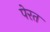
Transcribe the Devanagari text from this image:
पेरत